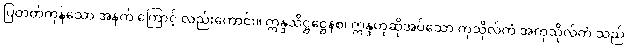
ပြတတ်ကုန်သော အနက် ကြောင့် လည်းကောင်း။ ဣန္ဒသိဋ္ဌဋ္ဌေနစ၊ ဣန္ဒဟုဆိုအပ်သော ကုသိုလ်ကံ အကုသိုလ်ကံ သည်